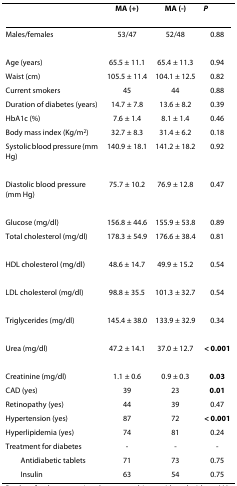
|  | MA (+) | MA (-) | P |
 | --- | --- | --- | --- |
 | Males/females | 53/47 | 52/48 | 0.88 |
 | Age (years) | 65.5 ± 11.1 | 65.4 ± 11.3 | 0.94 |
 | Waist (cm) | 105.5 ± 11.4 | 104.1 ± 12.5 | 0.82 |
 | Current smokers | 45 | 44 | 0.88 |
 | Duration of diabetes (years) | 14.7 ± 7.8 | 13.6 ± 8.2 | 0.39 |
 | HbA1c (%) | 7.6 ± 1.4 | 8.1 ± 1.4 | 0.46 |
 | Body mass index (Kg/m2) | 32.7 ± 8.3 | 31.4 ± 6.2 | 0.18 |
 | Systolic blood pressure (mm Hg) | 140.9 ± 18.1 | 141.2 ± 18.2 | 0.92 |
 | Diastolic blood pressure (mm Hg) | 75.7 ± 10.2 | 76.9 ± 12.8 | 0.47 |
 | Glucose (mg/dl) | 156.8 ± 44.6 | 155.9 ± 53.8 | 0.89 |
 | Total cholesterol (mg/dl) | 178.3 ± 54.9 | 176.6 ± 38.4 | 0.81 |
 | HDL cholesterol (mg/dl) | 48.6 ± 14.7 | 49.9 ± 15.2 | 0.54 |
 | LDL cholesterol (mg/dl) | 98.8 ± 35.5 | 101.3 ± 32.7 | 0.54 |
 | Triglycerides (mg/dl) | 145.4 ± 38.0 | 133.9 ± 32.9 | 0.34 |
 | Urea (mg/dl) | 47.2 ± 14.1 | 37.0 ± 12.7 | < 0.001 |
 | Creatinine (mg/dl) | 1.1 ± 0.6 | 0.9 ± 0.3 | 0.03 |
 | CAD (yes) | 39 | 23 | 0.01 |
 | Retinopathy (yes) | 44 | 39 | 0.47 |
 | Hypertension (yes) | 87 | 72 | < 0.001 |
 | Hyperlipidemia (yes) | 74 | 81 | 0.24 |
 | Treatment for diabetes | - | - | - |
 | Antidiabetic tablets | 71 | 73 | 0.75 |
 | Insulin | 63 | 54 | 0.75 |